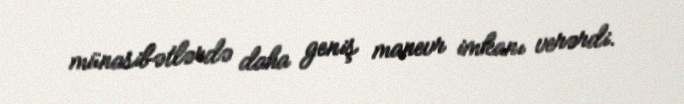
münasibətlərdə daha geniş manevr imkanı verərdi.